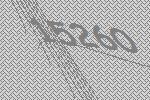
15260